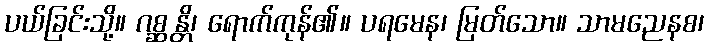
ပယ်ခြင်းသို့။ ဂစ္ဆန္တိ၊ ရောက်ကုန်၏။ ပရမေန၊ မြတ်သော။ သာမညေနစ၊